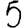
Digit: 5